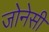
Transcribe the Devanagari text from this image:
जोनेसी